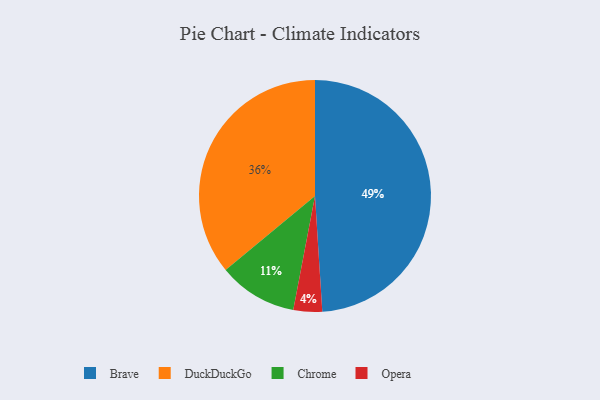
{"axis": {"x": "Category", "y": "Percentage"}, "legend": ["Brave", "Chrome", "DuckDuckGo", "Opera"], "data": [{"x": "Opera", "y": 4, "type": "Opera"}, {"x": "DuckDuckGo", "y": 36, "type": "DuckDuckGo"}, {"x": "Chrome", "y": 11, "type": "Chrome"}, {"x": "Brave", "y": 49, "type": "Brave"}]}